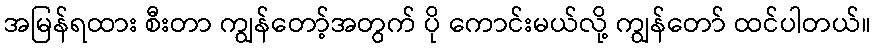
အမြန်ရထား စီးတာ ကျွန်တော့်အတွက် ပို ကောင်းမယ်လို့ ကျွန်တော် ထင်ပါတယ်။